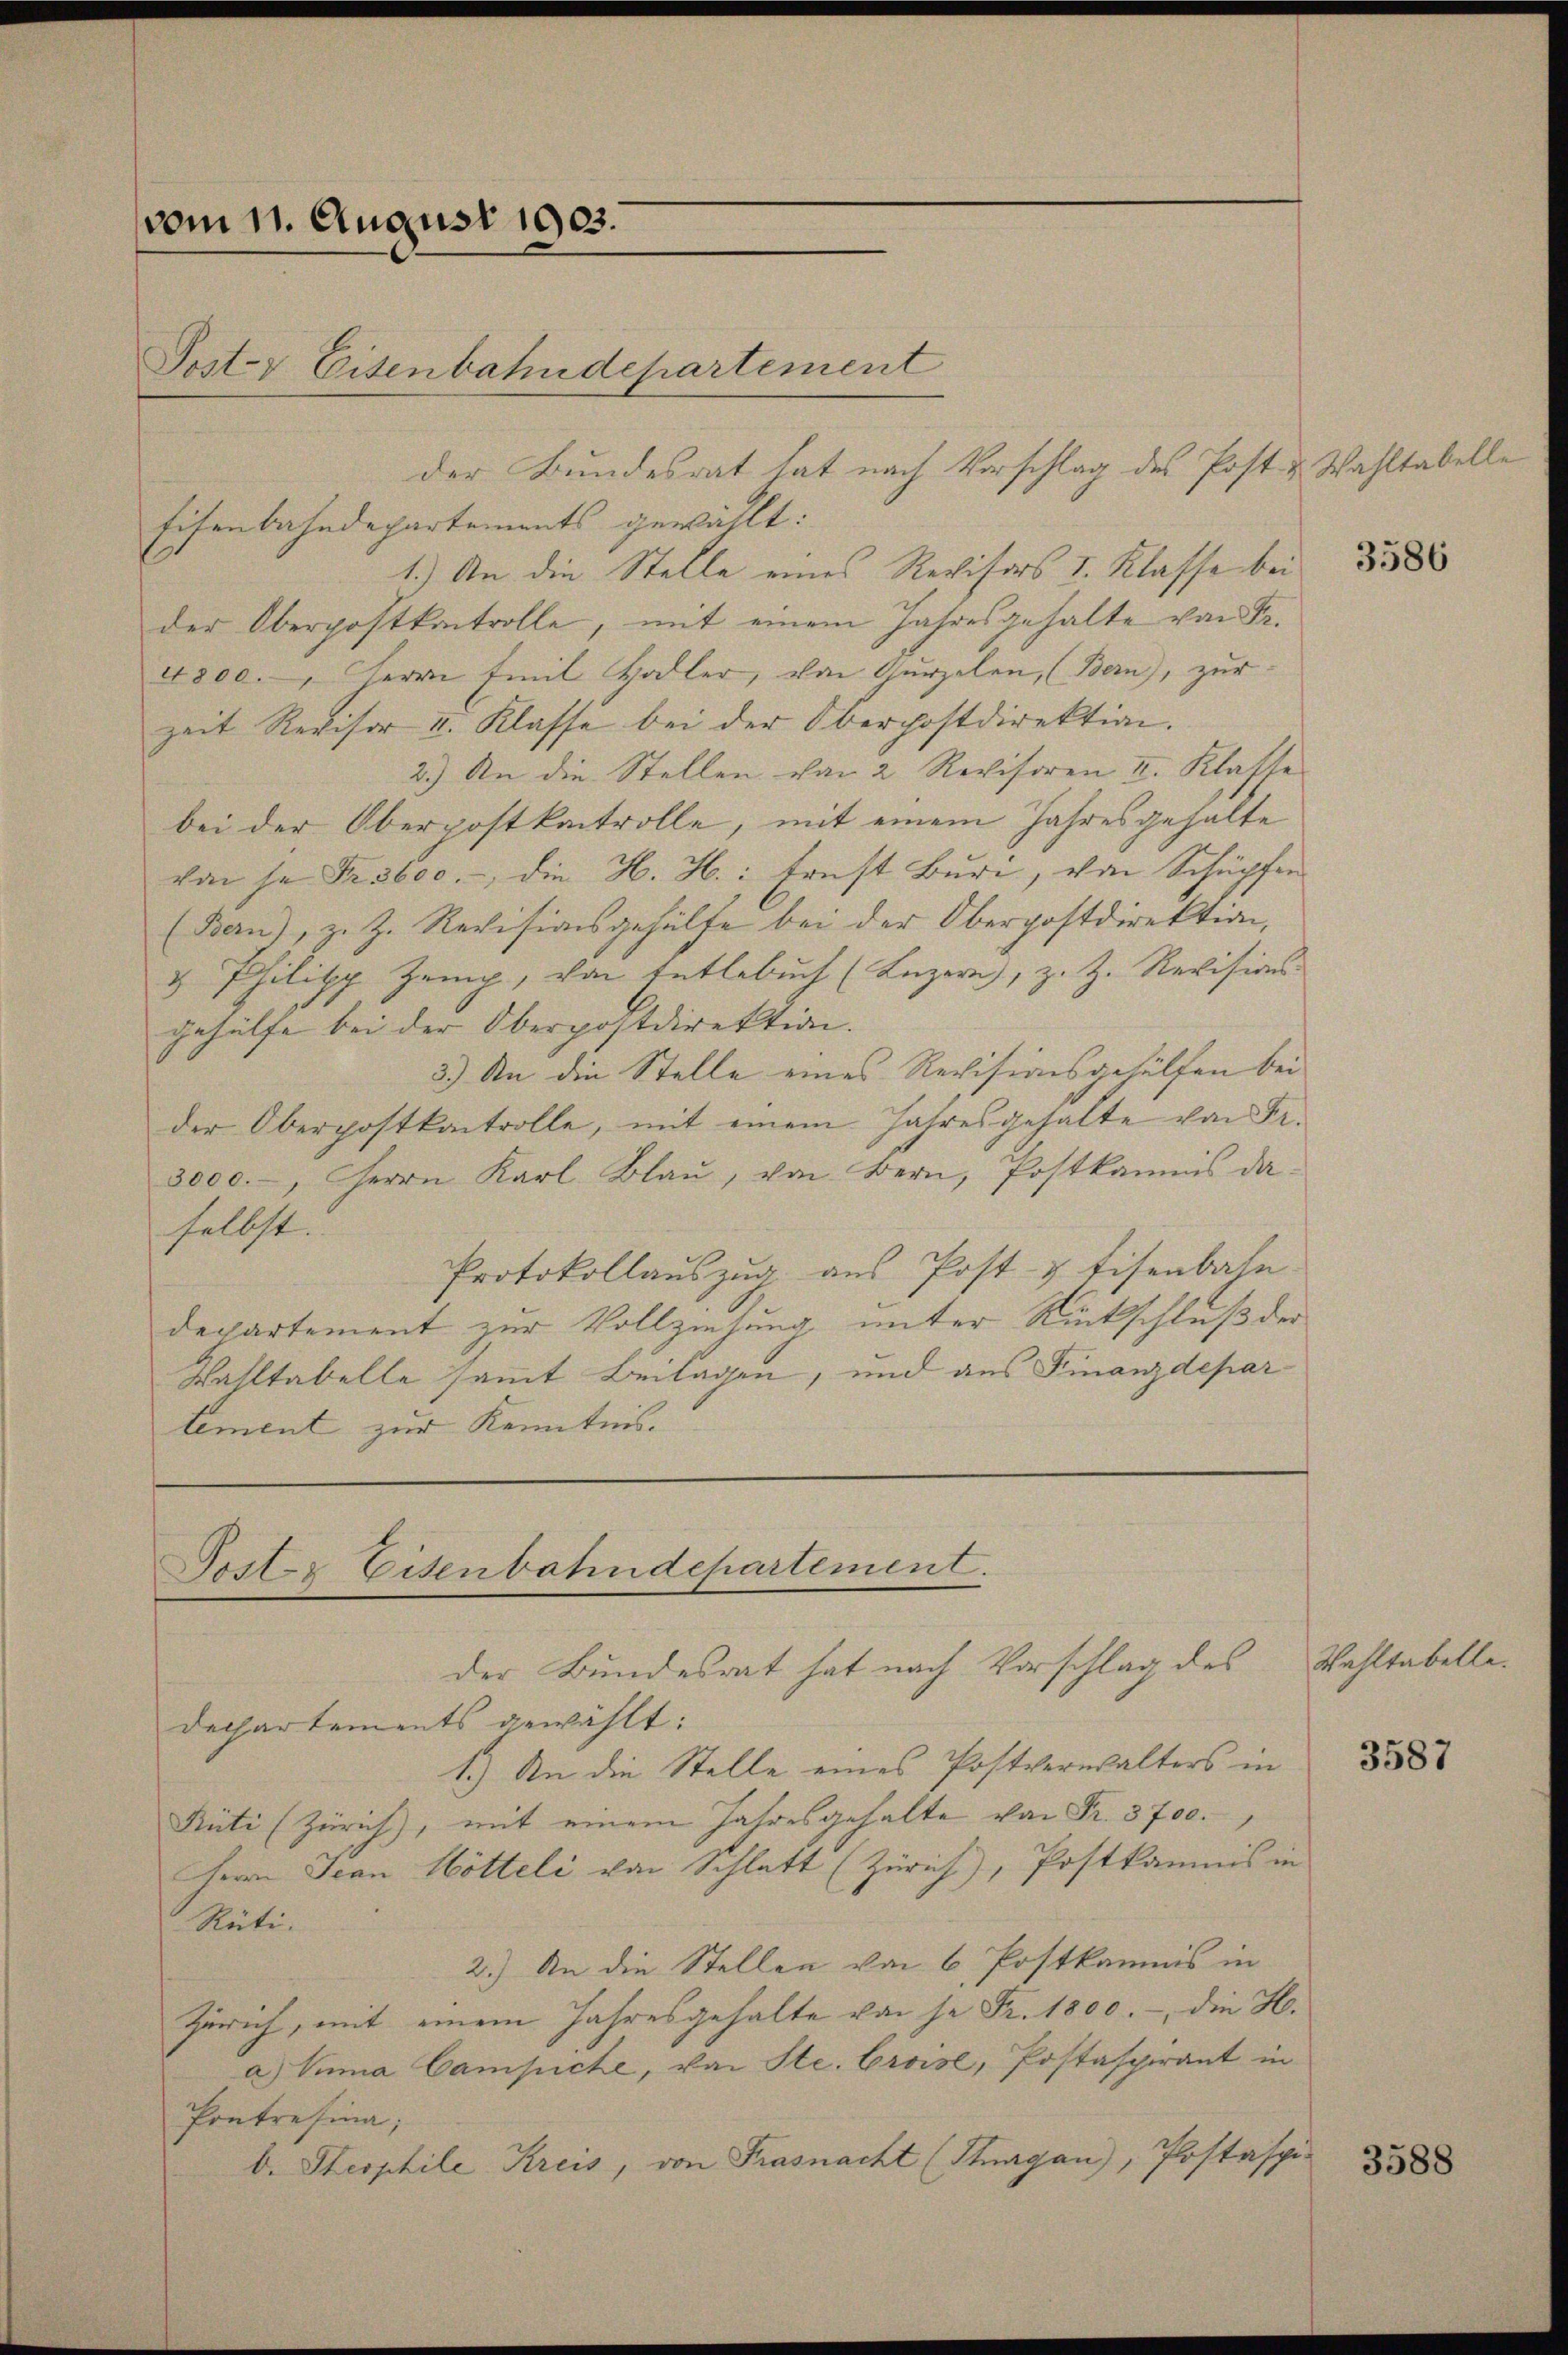
vom 11. August 1903.
Post- & Eisenbahndepartement

Eisenbahndepartements gewählt:
1.) An die Stelle eines Revisors I. Klasse bei
der Oberpostkontrolle, mit einem Jahresgehalte von Fr.
4800. Herrn Emil Hodler, von Gurzelen, (Bern), zur
zeit Revisor I. Klasse bei der Oberpostdirektion.
2.) An die Stellen von 2 Revisoren I. Klasse
bei der Oberpostkantrolle, mit einem Jahresgehalte
von je Fr. 3600.-, die H. H.: Ernst Buri, von Schüpfen
(Bern), z. Z. Revisionsgehülfe bei der Oberpostdirektion,
& Philipp Zeig, von Entlebuch (Luzern, z. Z. Revisions-
gehülfe bei der Oberpostdirektion.
3.) An die Stelle eines Revisionsgehülfen bei
der Oberpostkantrolle, mit einem Jahresgehalte von Fr.
3000.-, Herrn Karl Blaŭ, von Bern, Postkamnis da
selbst.
Protokollauszug aus Post- & Eisenbahn.
departement zur Vollziehung unter Rückschluß der
Wahltabelle sammt Beilagen, und aus Finanzdepar
tement zur Kenntnis.

der Bundesrat hat nach Vorschlag des Post u. Wahltabelle

Dechartements gewählt:
1.) An die Stelle eines Postverwalters in
Rüti (Zürich), mit einem Jahresgehalte von Fr. 3700.
Herrn Jean Hötteli von Schlatt (Zürich), Postkamnis in
Rüti.
2.) An die Stellen von 6 Postkamnis in
Zürich, mit einem Jahresgehalte von je Fr. 1800. - die H.
a) Vuma Campiche, von Ste. Croise, Postaspirant in
Pontresina;
b. Stesphile Kreis, von Frasnacht (Stuagan), Postaspi¬

Poster Eisenbahndepartement.
der Bundesrat hat nach Vorschlag des

Wahltabelle.

3586

3587

3588